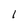
Character: 1